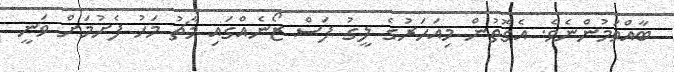
ބާއްވަމުންނެވެ. އެގޮތުން މިއަހަރުގެ ލީގު ފަސް ޒޯނެއްގައި މާޗު މަހު ފެށުމަށް ވަނީ